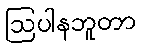
ဩပါနဘူတာ